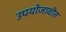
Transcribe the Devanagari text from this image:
उपयोजावीत